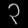
Digit: ၃